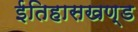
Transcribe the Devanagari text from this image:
ईतिहासखण्ड